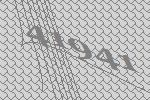
41941